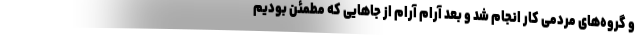
و گروه‌های مردمی کار انجام شد و بعد آرام آرام از جاهایی که مطمئن بودیم